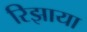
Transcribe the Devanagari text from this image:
रिझाया